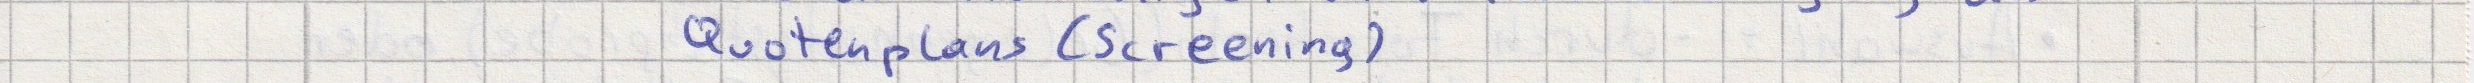
Quotenplans (Screening)